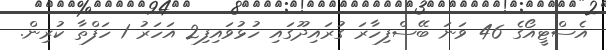
އެސްޓީއޯގެ 46 ވަނަ ބޭސްފިހާރަ ގުރައިދޫގައި ހުޅުވައިފި2 އަހަރު 1 ހަފްތާ ކުރިން.